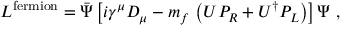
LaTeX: { \cal L } ^ { \mathrm { f e r m i o n } } = \bar { \Psi } \left[ i \gamma ^ { \mu } D _ { \mu } - m _ { f } \, \left( U P _ { R } + U ^ { \dagger } P _ { L } \right) \right] \Psi \ ,